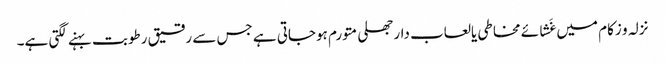
نزلہ و زکام میں غَشائے مخاطی یالعاب دارجھلی متورم ہوجاتی ہے جس سے رقیق رطوبت بہنے لگتی ہے۔